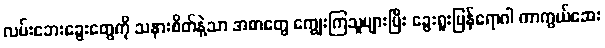
လမ်းဘေးခွေးတွေကို သနားစိတ်နဲ့သာ အစာတွေ ကျွေးကြသူများပြီး ခွေးရူးပြန်ရောဂါ ကာကွယ်ဆေး